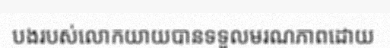
បងរបស់លោកយាយបានទទួលមរណភាពដោយ